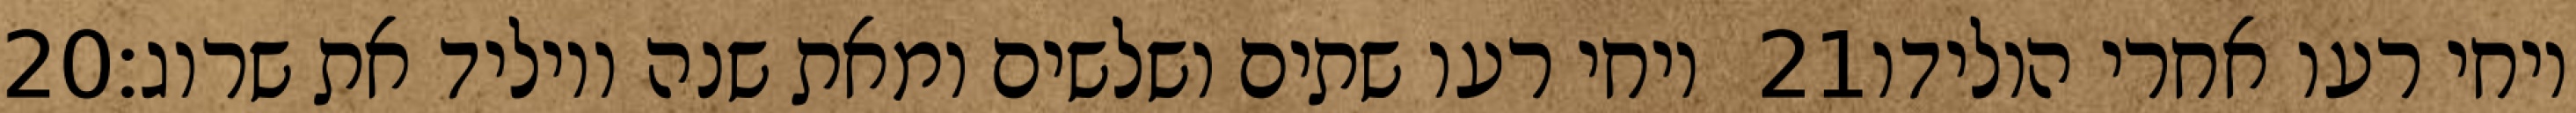
‎20‏ ויחי רעו שתים ושלשים ומאת שנה ויוליד את שרוג׃ ‎21‏ ויחי רעו אחרי הולידו